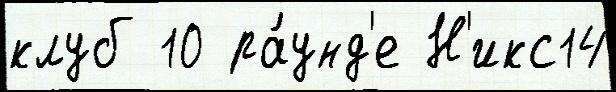
клуб 10 ра́унд'е Н'икс14